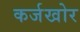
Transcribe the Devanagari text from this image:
कर्जखोर